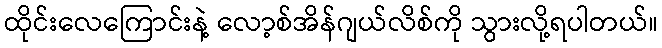
ထိုင်းလေကြောင်းနဲ့ လော့စ်အိန်ဂျယ်လိစ်ကို သွားလို့ရပါတယ်။